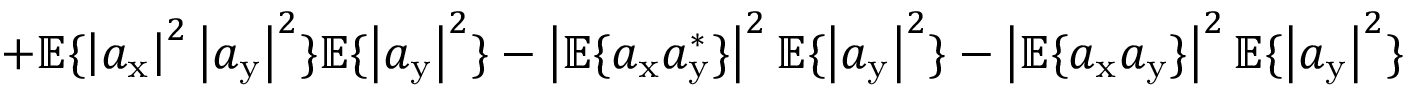
+ \mathbb { E } \{ \left| a _ { \mathrm { x } } \right| ^ { 2 } \left| a _ { \mathrm { y } } \right| ^ { 2 } \} \mathbb { E } \{ \left| a _ { \mathrm { y } } \right| ^ { 2 } \} - \left| \mathbb { E } \{ a _ { \mathrm { x } } a _ { \mathrm { y } } ^ { * } \} \right| ^ { 2 } \mathbb { E } \{ \left| a _ { \mathrm { y } } \right| ^ { 2 } \} - \left| \mathbb { E } \{ a _ { \mathrm { x } } a _ { \mathrm { y } } \} \right| ^ { 2 } \mathbb { E } \{ \left| a _ { \mathrm { y } } \right| ^ { 2 } \}